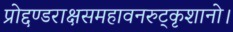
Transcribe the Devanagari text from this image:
प्रोद्दण्डराक्षसमहावनरुट्कृशानो।